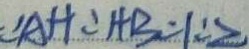
\therefore A H : A B = 1 : 2